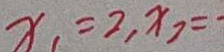
x = 2 , x _ { 7 } =